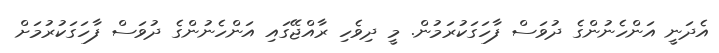
އެދަނީ އަންހެނުންގެ ދުވަސް ފާހަގަކުރަމުން. މީ ދިވެހި ރާއްޖޭގައި އަންހެނުންގެ ދުވަސް ފާހަގަކުރުމަށް